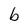
Character: b